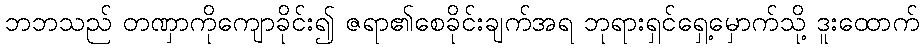
ဘဘသည် တဏှာကိုကျောခိုင်း၍ ဇရာ၏စေခိုင်းချက်အရ ဘုရားရှင်ရှေ့မှောက်သို့ ဒူးထောက်